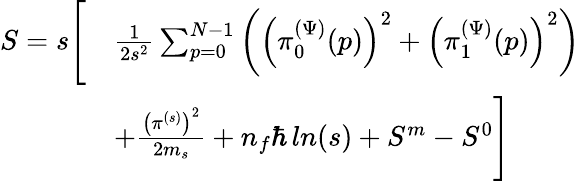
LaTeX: \begin{array}{rl}{S=s\Biggl[}&{\frac{1}{2s^{2}}\sum_{p=0}^{N-1}\left(\left(\pi_{0}^{(\Psi)}(p)\right)^{2}+\left(\pi_{1}^{(\Psi)}(p)\right)^{2}\right)}\\ &{+\frac{\left(\pi^{(s)}\right)^{2}}{2m_{s}}+n_{f}\hbar\, ln(s)+S^{m}-S^{0}\Biggr]}\end{array}